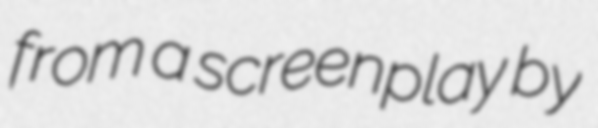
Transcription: from a screenplay by